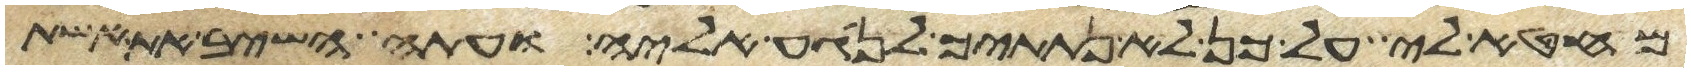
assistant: מחטאה לי על כן לא נתתיך לנגע אליה ועתה השב את אשת